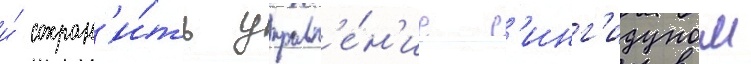
и́ сохран'и́ть управл'е́н'ие с'инг'идуном